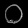
Digit: ၀